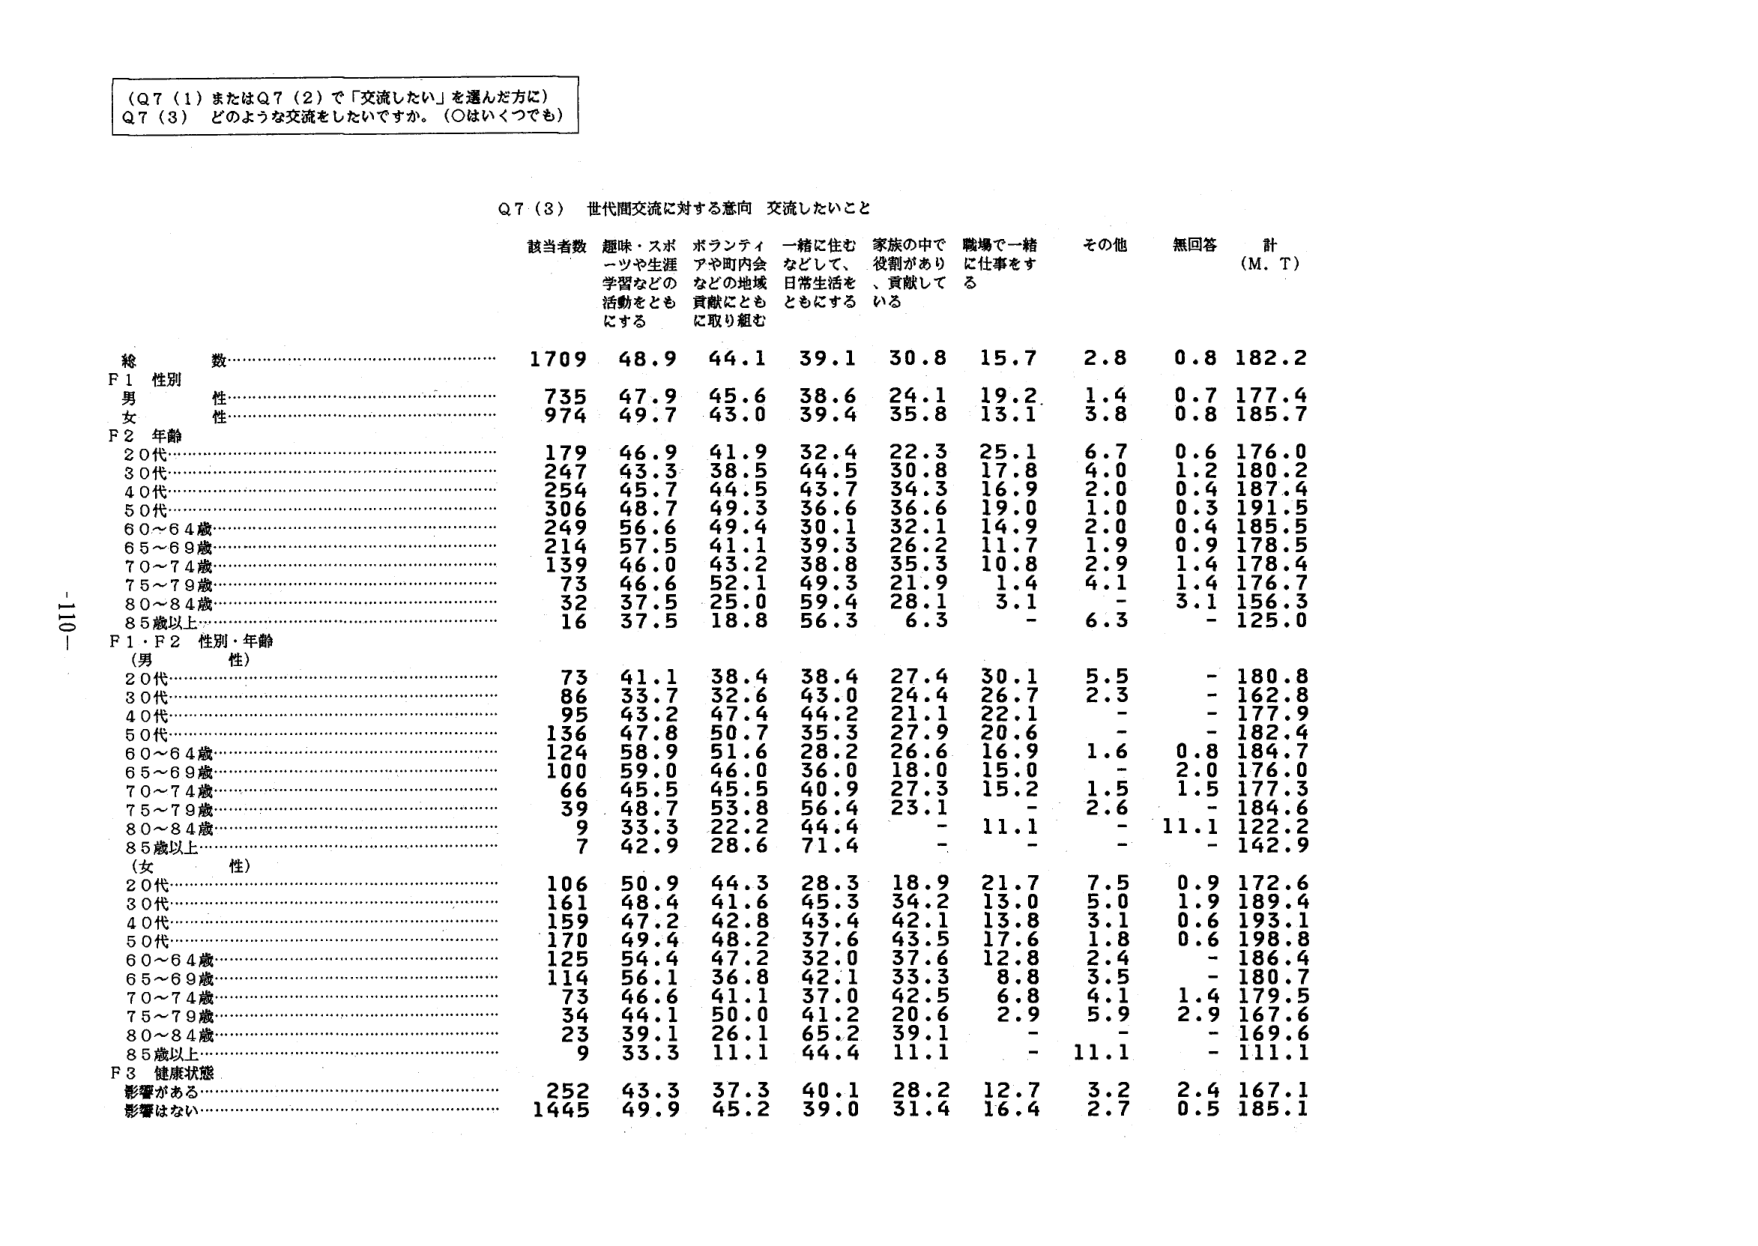
（Q７（１）またはQ７（２）で「交流したい」を選んだ方に）
Q７（３） どのような交流をしたいですか。（○はいくつでも）

Q７（３） 世代間交流に対する意向 交流したいこと

該当者数 趣味・スポーツや生涯学習などの活動をともにする ボランティアや町内会などの地域貢献にともに取り組む 一緒に住むなどして、日常生活をともにする 家族の中で役割があり、貢献している 職場で一緒に仕事をする その他 無回答 計（M．T）

総数………………………………………………… 1709 48.9 44.1 39.1 30.8 15.7 2.8 0.8 182.2
F１ 性別
　男………………………………………………… 735 47.9 45.6 38.6 24.1 19.2 1.4 0.7 177.4
　女………………………………………………… 974 49.7 43.0 39.4 35.8 13.1 3.8 0.8 185.7
F２ 年齢
　20代……………………………………………… 179 46.9 41.9 32.4 22.3 25.1 6.7 0.6 176.0
　30代……………………………………………… 247 43.3 38.5 44.5 30.8 17.8 4.0 1.2 180.2
　40代……………………………………………… 254 45.7 44.5 43.7 34.3 16.9 2.0 0.4 187.4
　50代……………………………………………… 306 48.7 49.3 36.6 36.6 19.0 1.0 0.3 191.5
　60～64歳………………………………………… 249 56.6 49.4 30.1 32.1 14.9 2.0 0.4 185.5
　65～69歳………………………………………… 214 57.5 41.1 39.3 26.2 11.7 1.9 0.9 178.5
　70～74歳………………………………………… 139 46.0 43.2 38.8 35.3 10.8 2.9 1.4 178.4
　75～79歳………………………………………… 73 46.6 52.1 49.3 21.9 1.4 4.1 1.4 176.7
　80～84歳………………………………………… 32 37.5 25.0 59.4 28.1 3.1 - 3.1 156.3
　85歳以上………………………………………… 16 37.5 18.8 56.3 6.3 - 6.3 - 125.0
F１・F２ 性別・年齢
　（男）
　　20代…………………………………………… 73 41.1 38.4 38.4 27.4 30.1 5.5 - 180.8
　　30代…………………………………………… 86 33.7 32.6 43.0 24.4 26.7 2.3 - 162.8
　　40代…………………………………………… 95 43.2 47.4 44.2 21.1 22.1 - - 177.9
　　50代…………………………………………… 136 47.8 50.7 35.3 27.9 20.6 - - 182.4
　　60～64歳……………………………………… 124 58.9 51.6 28.2 26.6 16.9 1.6 0.8 184.7
　　65～69歳……………………………………… 100 59.0 46.0 36.0 18.0 15.0 - 2.0 176.0
　　70～74歳……………………………………… 66 45.5 45.5 40.9 27.3 15.2 1.5 1.5 177.3
　　75～79歳……………………………………… 39 48.7 53.8 56.4 23.1 - 2.6 - 184.6
　　80～84歳……………………………………… 9 33.3 22.2 44.4 - 11.1 - 11.1 122.2
　　85歳以上……………………………………… 7 42.9 28.6 71.4 - - - - 142.9
　（女）
　　20代…………………………………………… 106 50.9 44.3 28.3 18.9 21.7 7.5 0.9 172.6
　　30代…………………………………………… 161 48.4 41.6 45.3 34.2 13.0 5.0 1.9 189.4
　　40代…………………………………………… 159 47.2 42.8 43.4 42.1 13.8 3.1 0.6 193.1
　　50代…………………………………………… 170 49.4 48.2 37.6 43.5 17.6 1.8 0.6 198.8
　　60～64歳……………………………………… 125 54.4 47.2 32.0 37.6 12.8 2.4 - 186.4
　　65～69歳……………………………………… 114 56.1 36.8 42.1 33.3 8.8 3.5 - 180.7
　　70～74歳……………………………………… 73 46.6 41.1 37.0 42.5 6.8 4.1 1.4 179.5
　　75～79歳……………………………………… 34 44.1 50.0 41.2 20.6 2.9 5.9 2.9 167.6
　　80～84歳……………………………………… 23 39.1 26.1 65.2 39.1 - - - 169.6
　　85歳以上……………………………………… 9 33.3 11.1 44.4 11.1 - 11.1 - 111.1
F３ 健康状態
　影響がある……………………………………… 252 43.3 37.3 40.1 28.2 12.7 3.2 2.4 167.1
　影響はない……………………………………… 1445 49.9 45.2 39.0 31.4 16.4 2.7 0.5 185.1

-110-